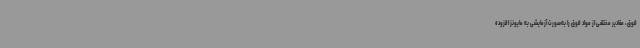
فوق، مقادیر مختلفی از مواد فوق را به‌صورت آزمایشی به مایونز افزوده